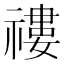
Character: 䄛